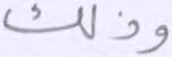
وذلك